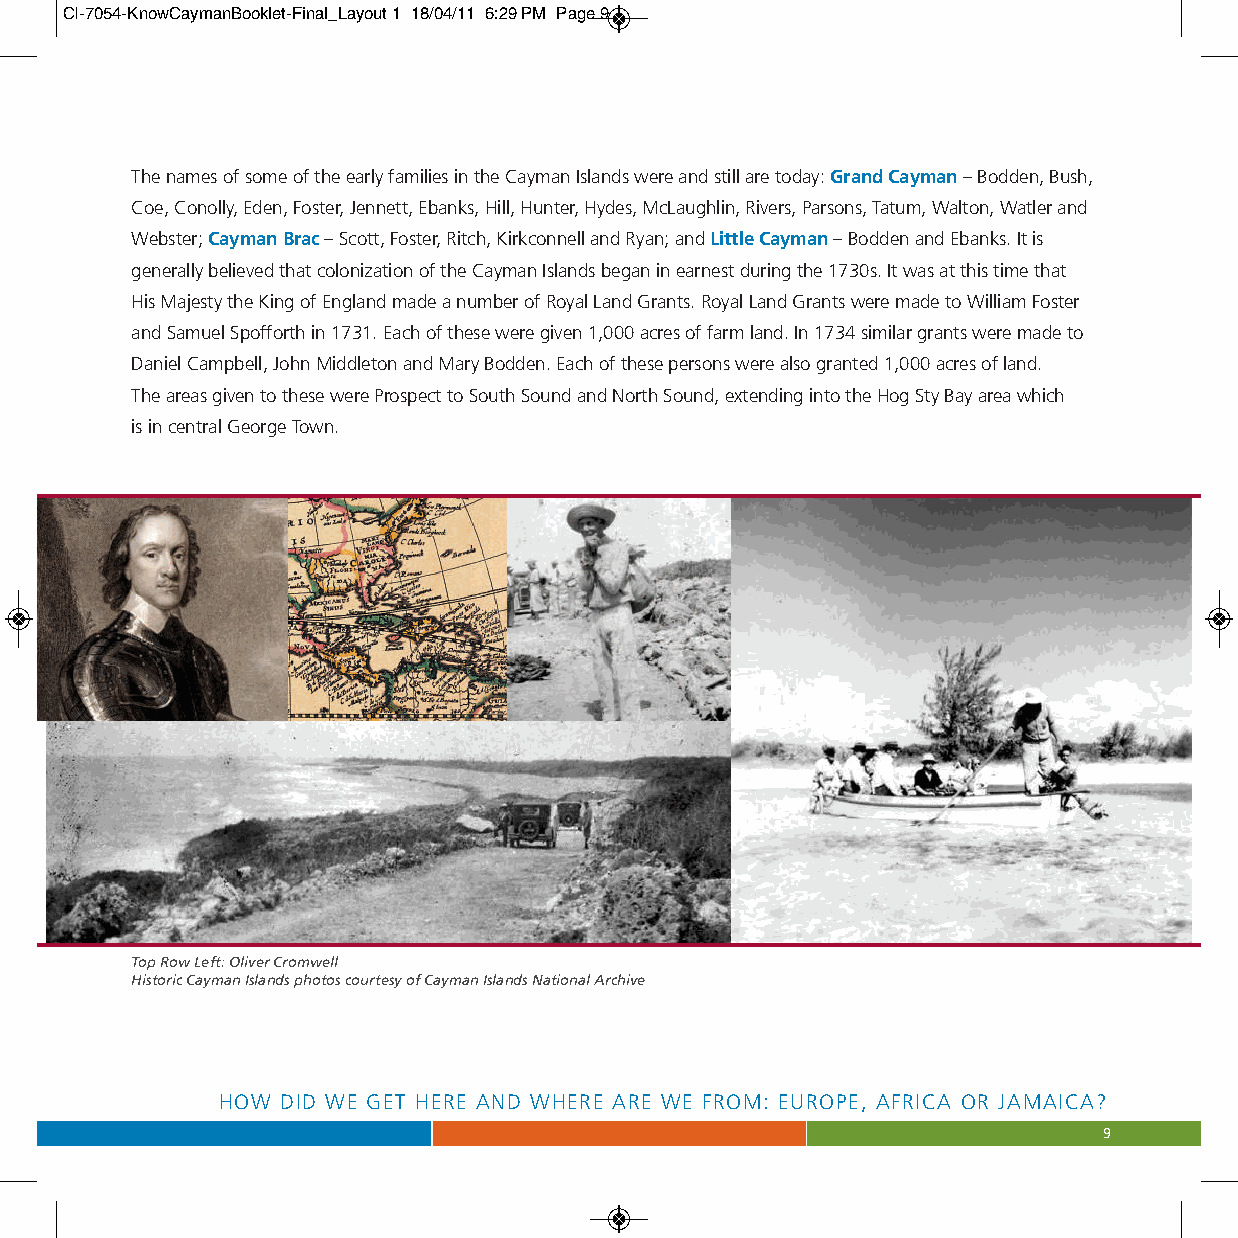
CI-7054-KnowCaymanBooklet-Final_Layout 1 18/04/11 6:29 PM Page 9
 The names of some of the early families in the Cayman Islands were and still are today: Grand Cayman–Bodden, Bush,
 Coe, Conolly, Eden, Foster, Jennett, Ebanks, Hill, Hunter, Hydes, McLaughlin, Rivers, Parsons, Tatum, Walton, Watler and
 Webster; Cayman Brac–Scott, Foster, Ritch, Kirkconnell and Ryan; and Little Cayman–Bodden and Ebanks. It is
 generally believed that colonization of the Cayman Islands began in earnest during the 1730s. It was at this time that
 His Majesty the King of England made a number of Royal Land Grants. Royal Land Grants were made to William Foster
 and Samuel Spofforth in 1731. Each of these were given 1,000 acres of farm land. In 1734 similar grants were made to
 Daniel Campbell, John Middleton and Mary Bodden. Each of these persons were also granted 1,000 acres of land.
 The areas given to these were Prospect to South Sound and North Sound, extending into the Hog Sty Bay area which
 is in central George Town.
 Top Row Left: Oliver Cromwell
 Historic Cayman Islands photos courtesy of Cayman Islands National Archive
 HOW  DID WE GET HERE AND WHERE ARE WE FROM: EUROPE, AFRICA OR JAMAICA?
 9